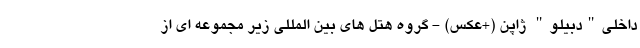
داخلی"دبیلو" ژاپن (+عکس) - گروه هتل های بین المللی زیر مجموعه ای از